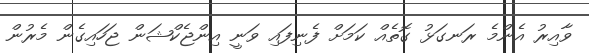
ވާއިރު އެންމެ ރަނގަޅު ގޮތެއް ކަމަށް ފެނިފައި ވަނީ އިންޖެކްޝަން ޖަހައިގެން މެރުން